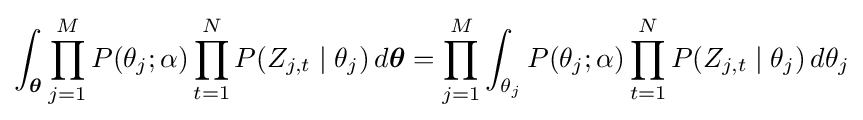
\int _{\boldsymbol {\theta }}\prod _{j=1}^{M}P(\theta _{j};\alpha )\prod _{t=1}^{N}P(Z_{j,t}\mid \theta _{j})\,d{\boldsymbol {\theta }}=\prod _{j=1}^{M}\int _{\theta _{j}}P(\theta _{j};\alpha )\prod _{t=1}^{N}P(Z_{j,t}\mid \theta _{j})\,d\theta _{j}